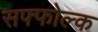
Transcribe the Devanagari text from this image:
सफ्फोल्क